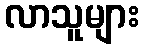
လာသူများ